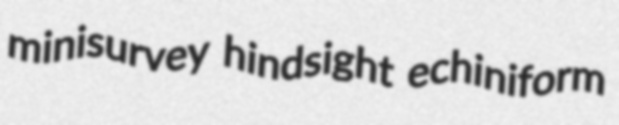
minisurvey hindsight echiniform